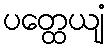
ပတ္ထေယျံ